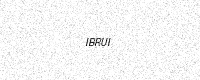
Text: IBRUI